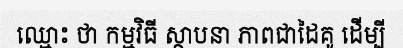
ឈ្មោះ ថា កម្មវិធី ស្ថាបនា ភាពជាដៃគូ ដើម្បី